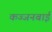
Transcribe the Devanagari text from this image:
कज्जनबाई